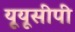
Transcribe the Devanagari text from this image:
यूयूसीपी